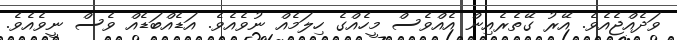
ވަދެއްޖެއެވެ. އޭރު ގޭތެރެއިން އެއްވެސް މީހެއްގެ ހިލަމެއް ނުވެއެވެ. އަޑެއްބަޑެއް ވެސް ނީވެއެވެ.